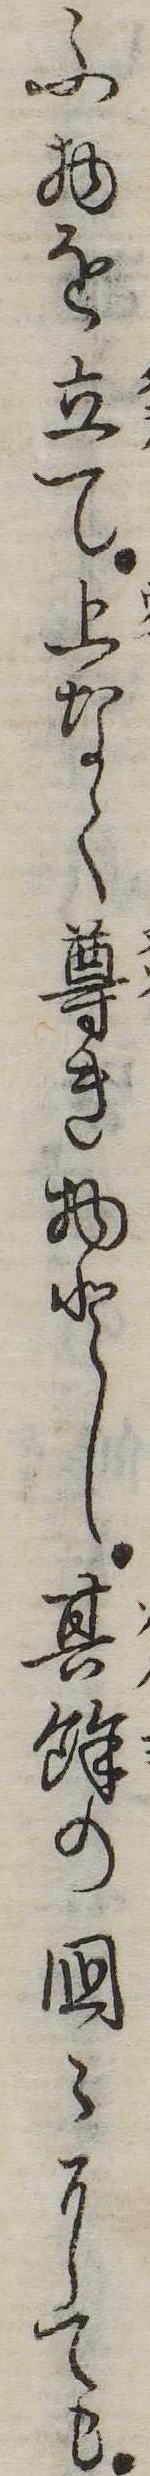
ふ物を立て上なく尊き物とし其余の国にても